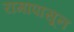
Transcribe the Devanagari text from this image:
रामापासून